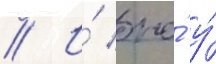
// И́ оно́ у́